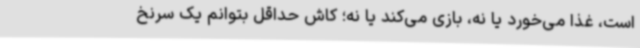
است، غذا می‌خورد یا نه، بازی می‌کند یا نه؛ کاش حداقل بتوانم یک سرنخ